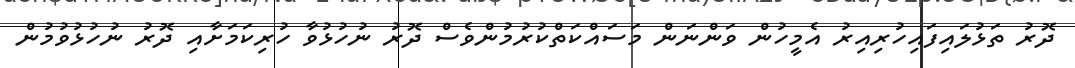
ދޮރު ތަޅުލައިފައިހުރިއިރު އެމީހުން ވަންނަން މަސައްކަތްކުރުމުންވެސް ދޮރު ނުހުޅުވާ ހުރިކަމަށާއި ދޮރު ނުހުޅުވުމުން